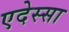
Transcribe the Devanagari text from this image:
एदेस्सा